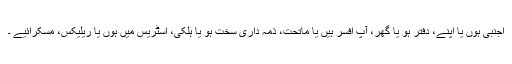
اجنبی ہوں یا اپنے، دفتر ہو یا گھر، آپ افسر ہیں یا ماتحت، ذمہ داری سخت ہو یا ہلکی، اسٹریس میں ہوں یا ریلیکس، مسکرائیے ۔